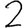
Digit: 2